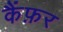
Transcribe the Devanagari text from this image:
कैंफ़र